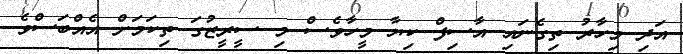
އަދި މިހާރު ތިގެނައި އާސިފް ކިޔާ މީހާވެސް މި ސީރީޒުގަ ތިކަމަށް އެއްބަސްވެ